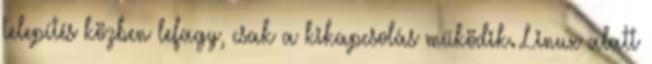
telepítés közben lefagy, csak a kikapcsolás működik. Linux alatt